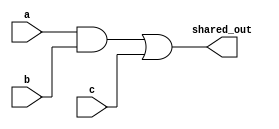
module shared_logic (
    input wire a,
    input wire b,
    input wire c,
    output wire shared_out
);
    // Example of a common logic expression (A AND B) OR C
    assign shared_out = (a & b) | c;
endmodule